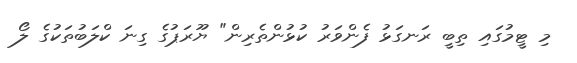
މި ޓީމުގައި ތިބީ ރަނގަޅު ފެންވަރު ކުޅުންތެރިން" ޔޫރަޕުގެ ގިނަ ކްލަބުތަކުގެ ލޯ